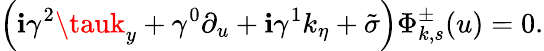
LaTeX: \left(\mathbf{i}\gamma^{2}\tauk_{y}+\gamma^{0}\partial_{u}+\mathbf{i}\gamma^{1}k_{\eta}+\tilde{{\sigma}}\right)\Phi_{k,s}^{\pm}(u)=0.